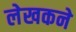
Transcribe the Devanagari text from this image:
लेखकने